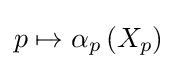
p\mapsto \alpha _{p}\left(X_{p}\right)